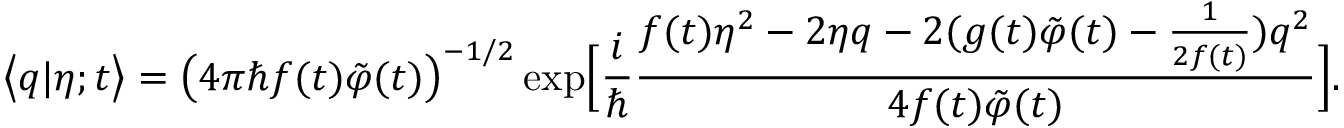
\bigl < q | \eta ; t \bigr > = \bigl ( 4 \pi \hbar f ( t ) \tilde { \varphi } ( t ) \bigr ) ^ { - 1 / 2 } \exp \Bigl [ \frac { i } { \hbar } \frac { f ( t ) \eta ^ { 2 } - 2 \eta q - 2 ( g ( t ) \tilde { \varphi } ( t ) - \frac { 1 } { 2 f ( t ) } ) q ^ { 2 } } { 4 f ( t ) \tilde { \varphi } ( t ) } \Bigr ] .